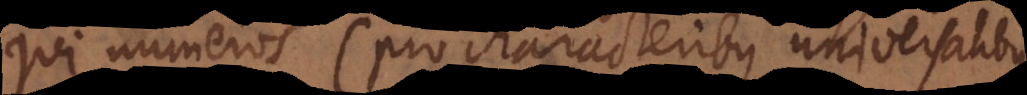
qui numeros (pro characteribus universalibus